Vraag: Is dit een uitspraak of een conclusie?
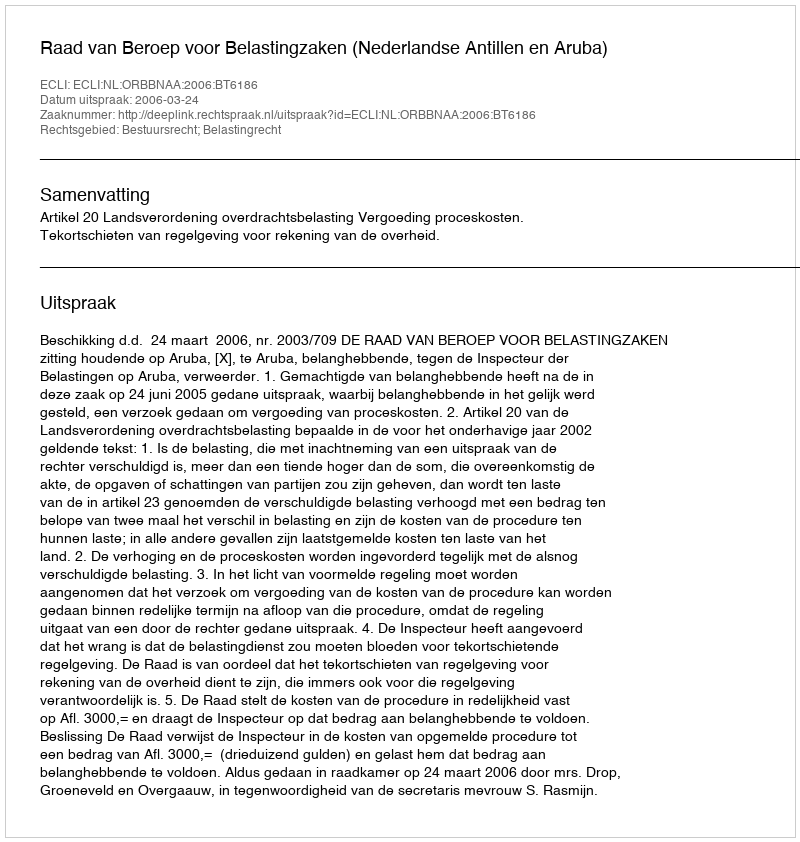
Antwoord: Uitspraak